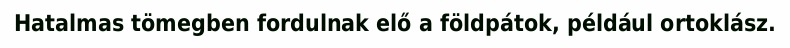
Hatalmas tömegben fordulnak elő a földpátok, például ortoklász.